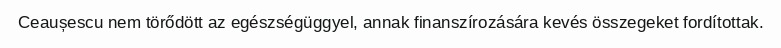
Ceaușescu nem törődött az egészségüggyel, annak finanszírozására kevés összegeket fordítottak.